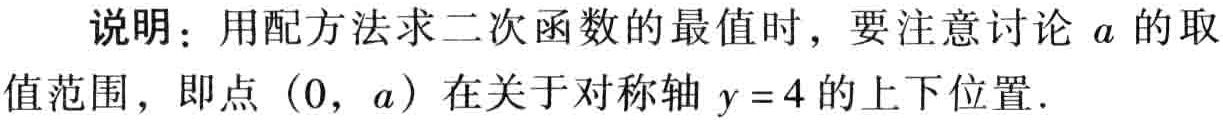
说明：用配方法求二次函数的最值时，要注意讨论 \(a\) 的取值范围，即点 \((0,a)\) 在关于对称轴 \(y = 4\) 的上下位置．